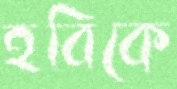
হবিকে